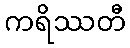
ကရိဿတီ